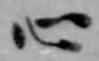
心